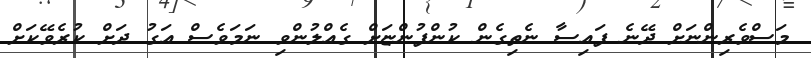
މަސްވެރިންނަށް ދޭނެ ފައިސާ ނެތިގެން ކުންފުންޏަށް ގެއްލުންވި ނަމަވެސް އަގު ދަށް ކުރެވޭކަށް